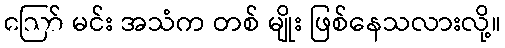
ဪ မင်း အသံက တစ် မျိုး ဖြစ်နေသလားလို့။